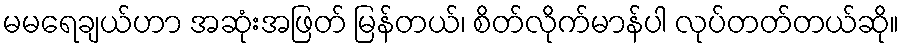
မမရေချယ်ဟာ အဆုံးအဖြတ် မြန်တယ်၊ စိတ်လိုက်မာန်ပါ လုပ်တတ်တယ်ဆို။